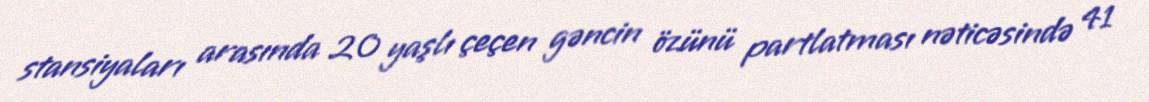
stansiyaları arasında 20 yaşlı çeçen gəncin özünü partlatması nəticəsində 41